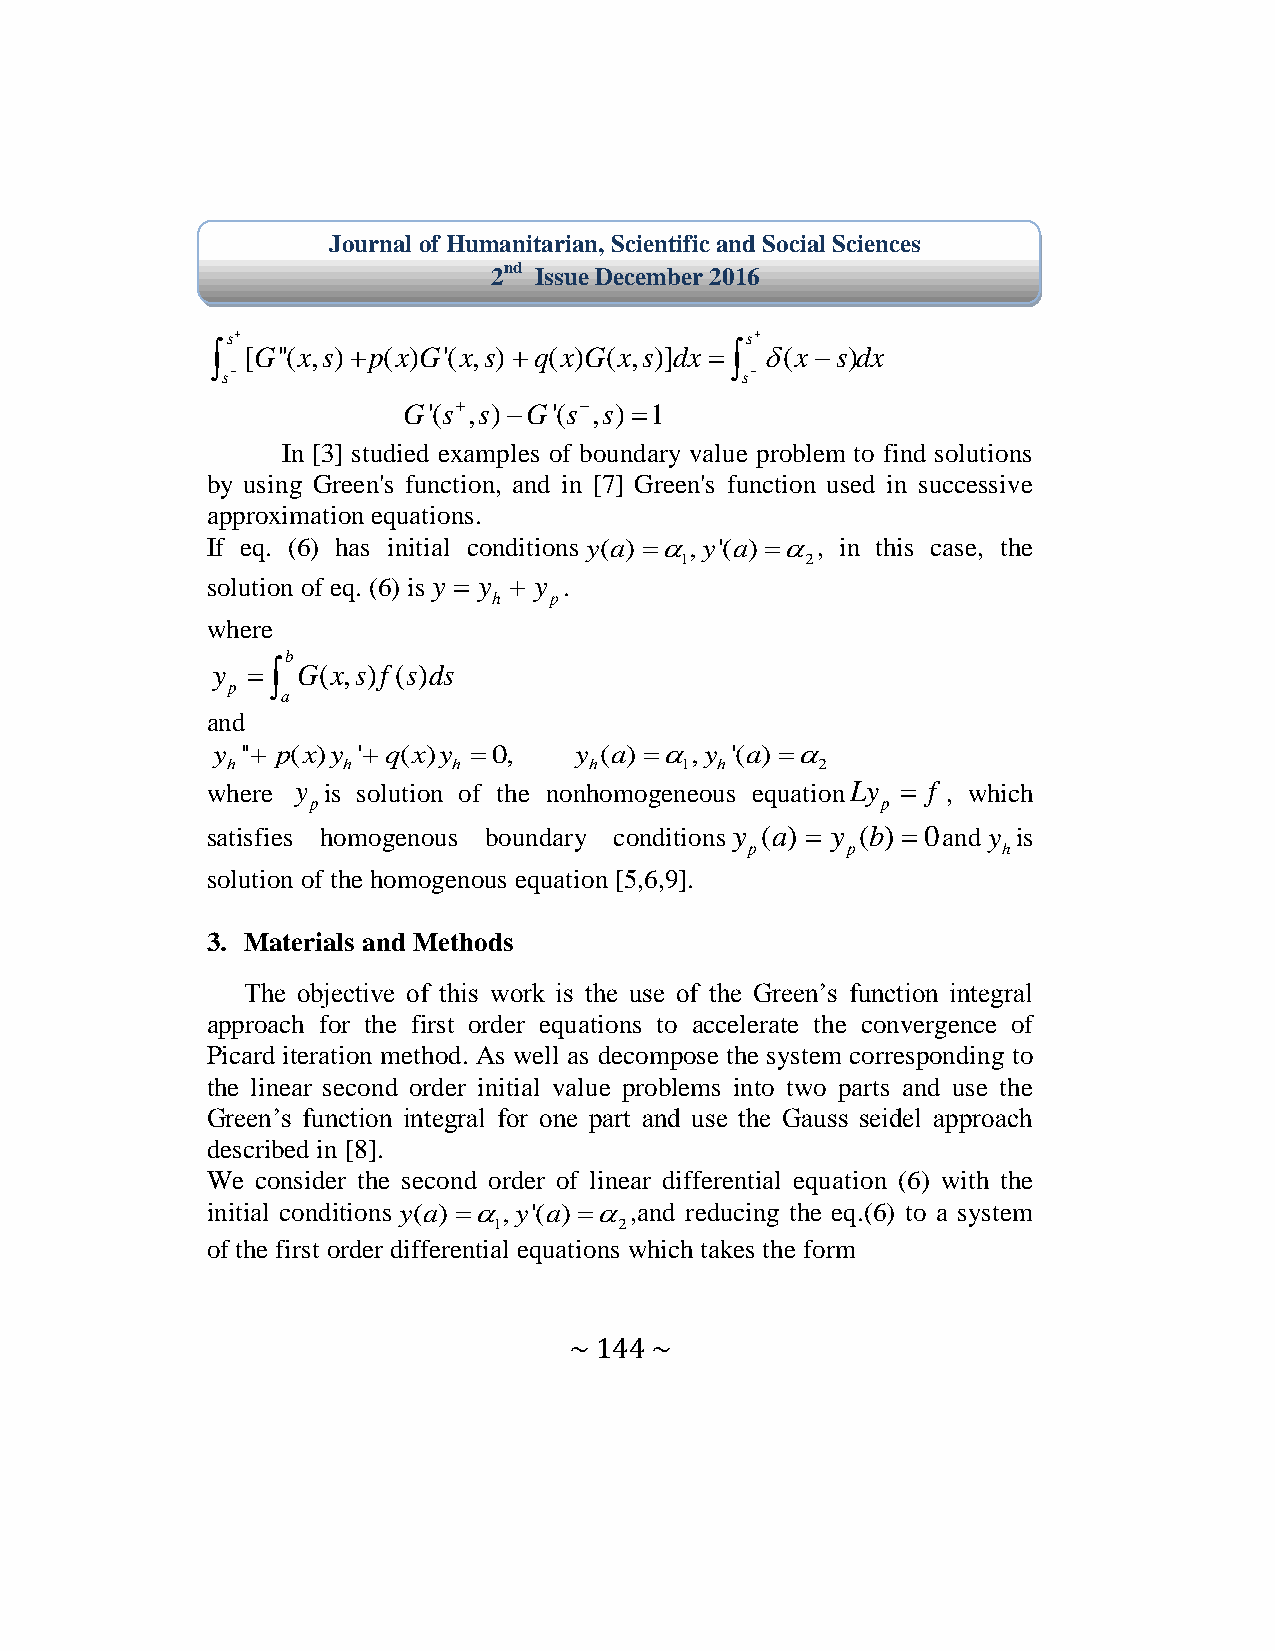
Journal of Humanitarian, Scientific and Social Sciences
 2nd Issue December 2016
 s                                s
  [G''(x,s)p(x)G'(x,s)q(x)G(x,s)]dx   (x s)dx
 s                                s
 G'(s,s)G'(s,s) 1
 In [3] studied examples of boundary value problem to find solutions
 by using Green's function, and in [7] Green's function used in successive
 approximation equations.
 If eq. (6) has initial conditions y(a),y'(a), in this case, the
 1       2
 solution of eq. (6) is y  y  y .
 h  p
 where
 b
 y   G(x,s)f (s)ds
 p
 a
 and
 y '' p(x)y 'q(x)y 0, y (a),y '(a) 
 h       h      h        h     1 h      2
 where y is solution of the nonhomogeneous equationLy  f , which
 p                                    p
 satisfies homogenous boundary conditions y (a)  y (b) 0and y is
 p     p         h
 solution of the homogenous equation [5,6,9].
 3. Materials and Methods
 The objective of this work is the use of the Green’s function integral
 approach for the first order equations to accelerate the convergence of
 Picard iteration method. As well as decompose the system corresponding to
 the linear second order initial value problems into two parts and use the
 Green’s function integral for one part and use the Gauss seidel approach
 described in [8].
 We consider the second order of linear differential equation (6) with the
 initial conditions y(a),y'(a),and reducing the eq.(6) to a system
 1       2
 of the first order differential equations which takes the form
 ~ 144 ~